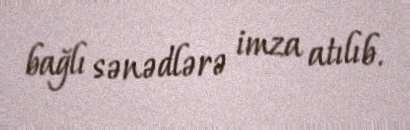
bağlı sənədlərə imza atılıb.